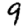
Digit: 9